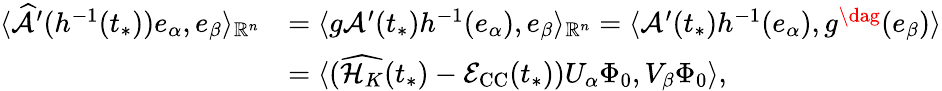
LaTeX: \begin{array}{rl}{\langle\widehat{\mathcal{A}}^{\prime}(h^{-1}(t_{*}))e_{\alpha},e_{\beta}\rangle_{\mathbb{R}^{n}}}&{=\langle g\mathcal{A}^{\prime}(t_{*})h^{-1}(e_{\alpha}),e_{\beta}\rangle_{\mathbb{R}^{n}}=\langle\mathcal{A}^{\prime}(t_{*})h^{-1}(e_{\alpha}),g^{\dag}(e_{\beta})\rangle}\\ &{=\langle(\widehat{\mathcal{H}_{K}}(t_{*})-\mathcal{E}_{\mathrm{CC}}(t_{*}))U_{\alpha}\Phi_{0},V_{\beta}\Phi_{0}\rangle,}\end{array}